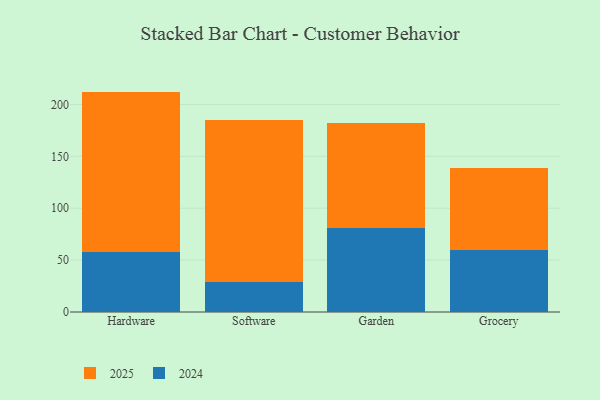
{"axis": {"x": "Category", "y": "Demand Index"}, "legend": ["2024", "2025"], "data": [{"x": "Hardware", "y": 154.6, "type": "2025"}, {"x": "Hardware", "y": 57.8, "type": "2024"}, {"x": "Software", "y": 156.0, "type": "2025"}, {"x": "Software", "y": 28.6, "type": "2024"}, {"x": "Garden", "y": 101.1, "type": "2025"}, {"x": "Garden", "y": 81.0, "type": "2024"}, {"x": "Grocery", "y": 79.9, "type": "2025"}, {"x": "Grocery", "y": 59.3, "type": "2024"}]}